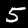
Label: 5